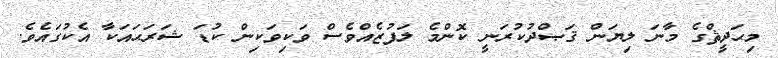
މިޙަދީޘްގެ މާނަ ލިޔަން ޤަޞްދުކުރަނީ ކޮންމެ ލަފުޒެއްވެސް ވަކިވަކިން ކުޑަ ޝަރަޙައަކާ އެކުގައެވެ.